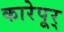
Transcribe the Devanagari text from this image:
कारेपूर्